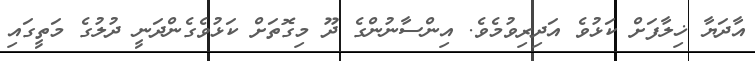
އާދަޔާ ޚިލާފަށް ކަޅުވެ އަދިރިވުމެވެ. އިންސާނުންގެ ދޫ މިގޮތަށް ކަޅުވެގެންދަނީ ދުލުގެ މަތީގައި